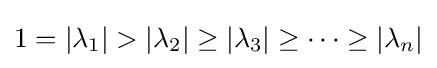
1=|\lambda _{1}|>|\lambda _{2}|\geq |\lambda _{3}|\geq \cdots \geq |\lambda _{n}|